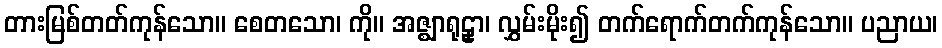
တားမြစ်တတ်ကုန်သော။ စေတသော၊ ကို။ အဇ္ဈာရုဠှာ၊ လွှမ်းမိုး၍ တက်ရောက်တက်ကုန်သော။ ပညာယ၊